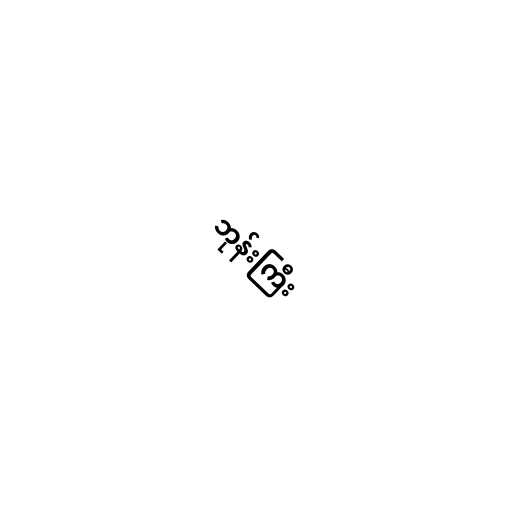
ဘုန်းကြီး